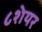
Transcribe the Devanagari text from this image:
८शेयर